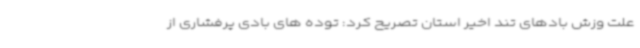
علت وزش بادهای تند اخیر استان تصریح کرد: توده های بادی پرفشاری از